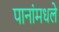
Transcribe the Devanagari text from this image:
पानांमधले